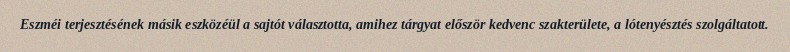
Eszméi terjesztésének másik eszközéül a sajtót választotta, amihez tárgyat először kedvenc szakterülete, a lótenyésztés szolgáltatott.